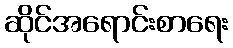
ဆိုင်အရောင်းစာရေး